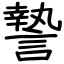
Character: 謺